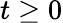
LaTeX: t\ge 0